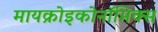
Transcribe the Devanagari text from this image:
मायक्रोइकोनॉमिक्स